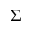
\Sigma